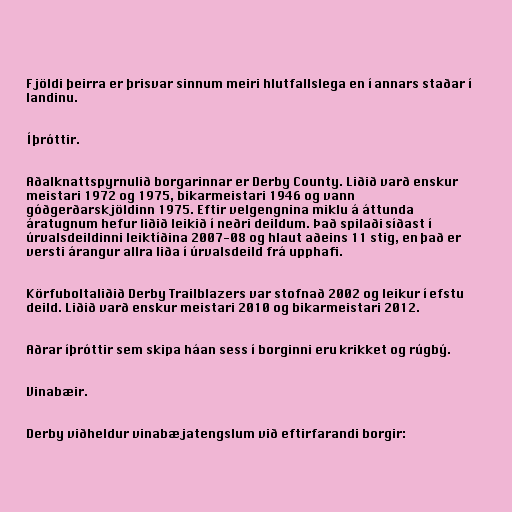
Fjöldi þeirra er þrisvar sinnum meiri hlutfallslega en í annars staðar í
landinu.

Íþróttir.

Aðalknattspyrnulið borgarinnar er Derby County. Liðið varð enskur
meistari 1972 og 1975, bikarmeistari 1946 og vann
góðgerðarskjöldinn 1975. Eftir velgengnina miklu á áttunda
áratugnum hefur liðið leikið í neðri deildum. Það spilaði síðast í
úrvalsdeildinni leiktíðina 2007-08 og hlaut aðeins 11 stig, en það er
versti árangur allra liða í úrvalsdeild frá upphafi.

Körfuboltaliðið Derby Trailblazers var stofnað 2002 og leikur í efstu
deild. Liðið varð enskur meistari 2010 og bikarmeistari 2012.

Aðrar íþróttir sem skipa háan sess í borginni eru krikket og rúgbý.

Vinabæir.

Derby viðheldur vinabæjatengslum við eftirfarandi borgir: